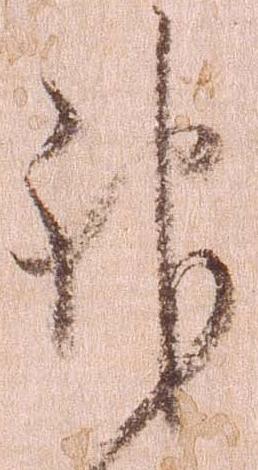
神